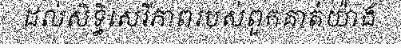
ដល់សិទ្ធិសេរីភាពរបស់ពួកគាត់យ៉ាង